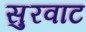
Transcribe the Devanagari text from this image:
सुरवाट